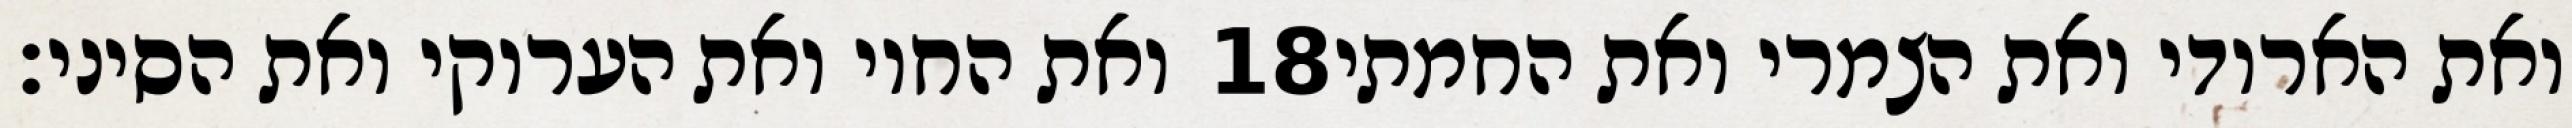
ואת החוי ואת הערוקי ואת הסיני׃ ‎18‏ ואת הארודי ואת הצמרי ואת החמתי